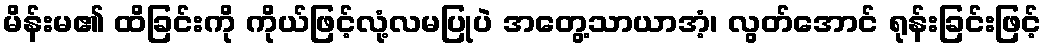
မိန်းမ၏ ထိခြင်းကို ကိုယ်ဖြင့်လုံ့လမပြုပဲ အတွေ့သာယာအံ့၊ လွတ်အောင် ရုန်းခြင်းဖြင့်